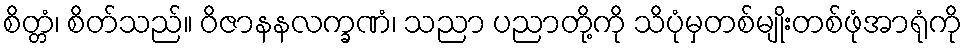
စိတ္တံ၊ စိတ်သည်။ ဝိဇာနနလက္ခဏံ၊ သညာ ပညာတို့ကို သိပုံမှတစ်မျိုးတစ်ဖုံအာရုံကို